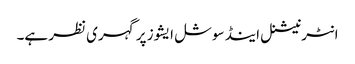
انٹرنیشنل اینڈ سوشل ایشوز پر گہری نظر ہے۔